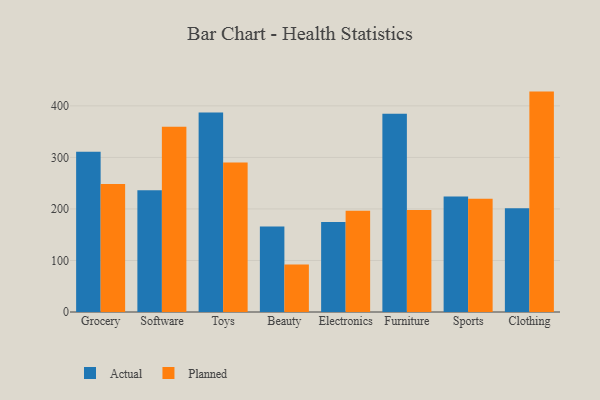
{"axis": {"x": "Category", "y": "LTV (USD)"}, "legend": ["Actual", "Planned"], "data": [{"x": "Grocery", "y": 310.9, "type": "Actual"}, {"x": "Grocery", "y": 248.2, "type": "Planned"}, {"x": "Software", "y": 236.4, "type": "Actual"}, {"x": "Software", "y": 359.4, "type": "Planned"}, {"x": "Toys", "y": 386.9, "type": "Actual"}, {"x": "Toys", "y": 290.0, "type": "Planned"}, {"x": "Beauty", "y": 166.1, "type": "Actual"}, {"x": "Beauty", "y": 92.0, "type": "Planned"}, {"x": "Electronics", "y": 174.8, "type": "Actual"}, {"x": "Electronics", "y": 196.4, "type": "Planned"}, {"x": "Furniture", "y": 384.5, "type": "Actual"}, {"x": "Furniture", "y": 198.0, "type": "Planned"}, {"x": "Sports", "y": 223.9, "type": "Actual"}, {"x": "Sports", "y": 219.9, "type": "Planned"}, {"x": "Clothing", "y": 201.5, "type": "Actual"}, {"x": "Clothing", "y": 427.7, "type": "Planned"}]}